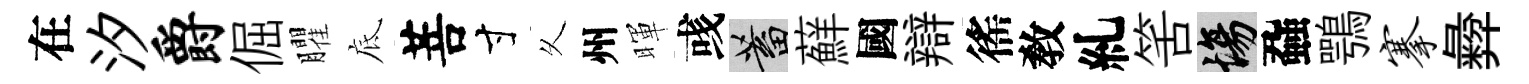
在汐爵倔臞底菩寸乆州暉彧蓄蘚國辯徭敎糺筈場蝨鶚搴彜